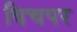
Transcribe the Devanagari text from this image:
विचपर